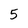
Character: 5